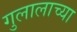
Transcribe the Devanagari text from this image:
गुलालाच्या